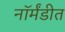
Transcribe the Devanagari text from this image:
नॉर्मंडीत